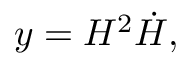
y = H ^ { 2 } \dot { H } ,